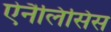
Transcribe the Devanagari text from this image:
ऐनैलिसिस